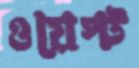
ওয়েস্ট